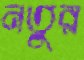
নতুর